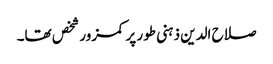
صلاح الدین ذہنی طور پر کمزور شخص تھا۔